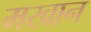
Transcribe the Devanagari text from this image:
मखान